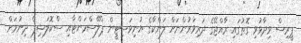
ޕީރިސް ވިދާޅުވި ގޮތުގައި ރާއްޖޭގެ ދަރިވަރުންނަށް ލަންކާގެ ޔުނިވަސިޓީން ޕްލޭސްމަންޓާއި ސްކޮލަޝިޕް ދިނުމަށް